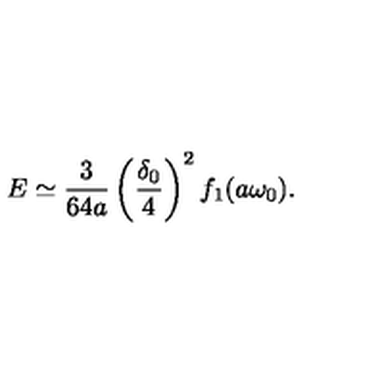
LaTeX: E \simeq \frac { 3 } { 6 4 a } \left( \frac { \delta _ { 0 } } { 4 } \right) ^ { 2 } f _ { 1 } ( a \omega _ { 0 } ) .